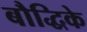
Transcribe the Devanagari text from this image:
बौद्धिके